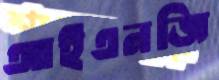
আইএনজি